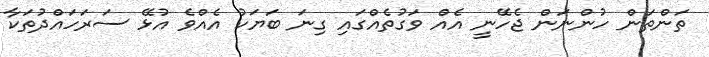
ތަންތަން ހުންނަން ޖެހޭނީ އެއް ވަގުތެއްގައި ގިނަ ބަޔަކު އެއްވެ އުޅޭ ސަރަހައްދުތަކާ